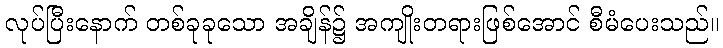
လုပ်ပြီးနောက် တစ်ခုခုသော အချိန်၌ အကျိုးတရားဖြစ်အောင် စီမံပေးသည်။